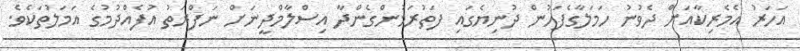
އަހަރު އެމެރިކާއަށް ދެވުނު ހަމަލާގެފަހުން ދުނިޔެގައި ފަތުރަމުންގެންދާ އިސްލާމްދީނަށް ނަފްރަތު އުފެއްދުމުގެ އަމަލުތަކެވެ.